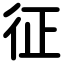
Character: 征